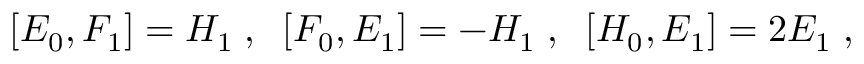
[ E _ { 0 } , F _ { 1 } ] = H _ { 1 } \; , \; \; [ F _ { 0 } , E _ { 1 } ] = - H _ { 1 } \; , \; \; [ H _ { 0 } , E _ { 1 } ] = 2 E _ { 1 } \; ,